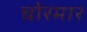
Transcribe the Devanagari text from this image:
चोरमार